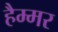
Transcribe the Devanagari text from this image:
हैम्मर